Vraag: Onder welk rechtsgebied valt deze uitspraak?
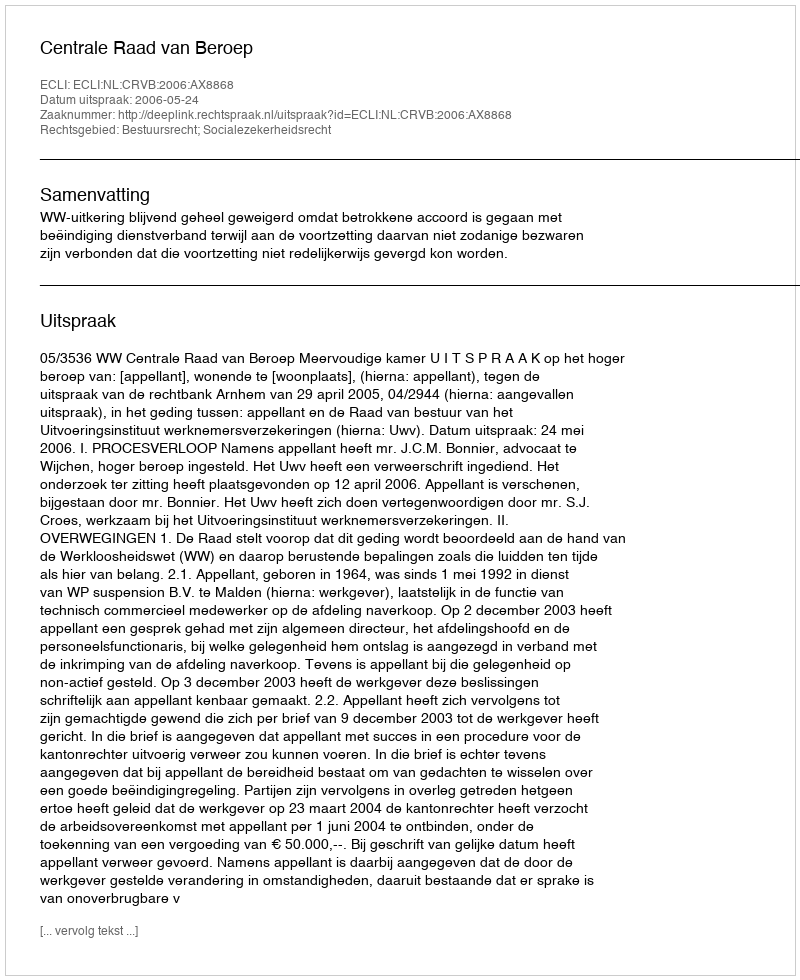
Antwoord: Bestuursrecht; Socialezekerheidsrecht